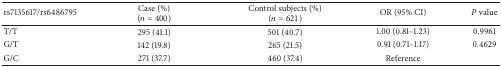
<table><thead><tr><td><b>rs7135617/rs6486795</b></td><td><b>Case (%)(<i>n</i> = 400)</b></td><td><b>Control subjects (%) (<i>n</i> = 621)</b></td><td><b>OR (95% CI)</b></td><td><b><i>P</i> value</b></td></tr></thead><tbody><tr><td>T/T</td><td> 295 (41.1)</td><td>501 (40.7)</td><td>1.00 (0.81–1.23)</td><td>0.9961</td></tr><tr><td>G/T</td><td> 142 (19.8)</td><td>265 (21.5)</td><td>0.91 (0.71–1.17)</td><td>0.4629</td></tr><tr><td>G/C</td><td> 271 (37.7)</td><td>460 (37.4)</td><td>Reference</td><td> </td></tr></tbody></table>